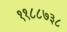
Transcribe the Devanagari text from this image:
११८८७३८